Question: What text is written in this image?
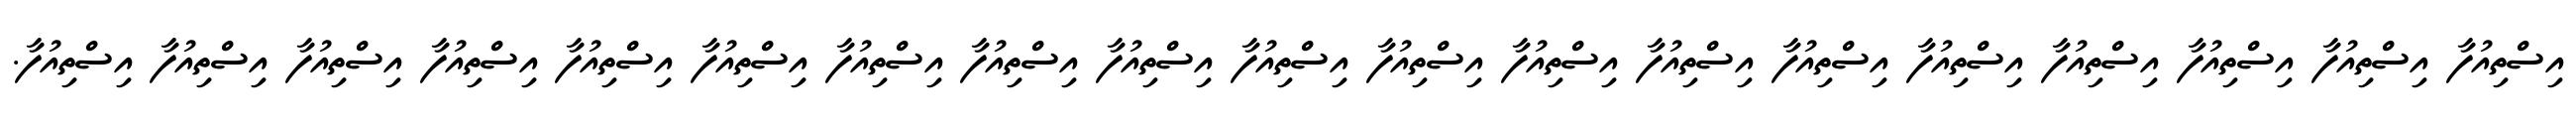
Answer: އިސްތިއުފާ އިސްތިއުފާ އިސްތިއުފާ އިސްތިއުފާ އިސްތިއުފާ އިސްތިއުފާ އިސްތިއުފާ އިސްތިއުފާ އިސްތިއުފާ އިސްތިއުފާ އިސްތިއުފާ އިސްތިއުފާ އިސްތިއުފާ އިސްތިއުފާ އިސްތިއުފާ އިސްތިއުފާ އިސްތިއުފާ އިސްތިއުފާ އިސްތިއުފާ.